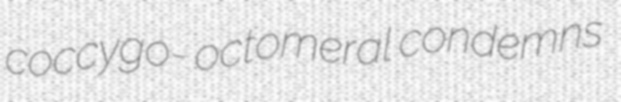
coccygo- octomeral condemns